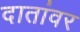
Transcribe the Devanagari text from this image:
दातांवर